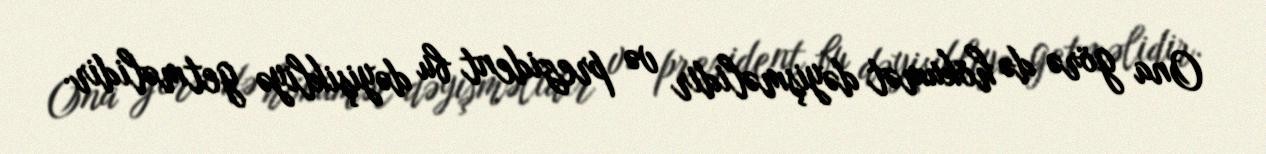
Ona görə də hökumət dəyişməlidir və prezident bu dəyişikliyə getməlidir.